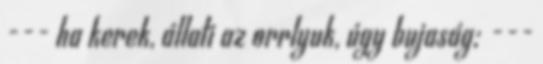
--- ha kerek, állati az orrlyuk, úgy bujaság; ---